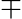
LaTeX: \mp